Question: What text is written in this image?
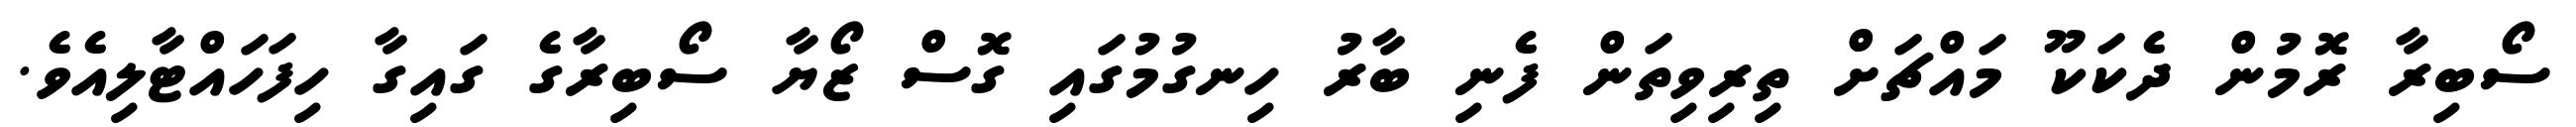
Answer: ސޯބިރާ ރޮމުން ދެކަކޫ މައްޗަށް ތިރިވިތަން ފެނި ބާރު ހިނގުމުގައި ގޮސް ޒޯޔާ ސޯބިރާގެ ގައިގާ ހިފަހައްޓާލިއެވެ.